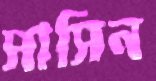
সাসিন